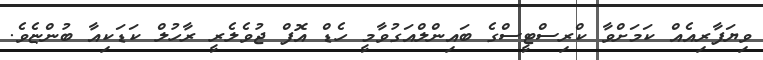
ވިޔަފާރިއެއް ކަމަށްވާ ކްރިސްޓީސްގެ ބައިންލްއަގުވާމީ ހެޑް އޮފް ޖުވެލެރީ ރާހުލް ކަޑަކިއާ ބުންޏެވެ.